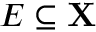
E \subseteq \mathbf { X }